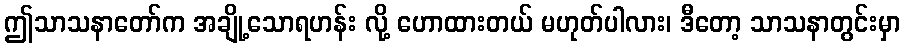
ဤသာသနာတော်က အချို့သောရဟန်း လို့ ဟောထားတယ် မဟုတ်ပါလား၊ ဒီတော့ သာသနာတွင်းမှာ